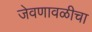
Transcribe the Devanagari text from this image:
जेवणावळीचा